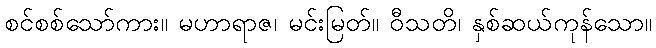
စင်စစ်သော်ကား။ မဟာရာဇ၊ မင်းမြတ်။ ဝီသတိ၊ နှစ်ဆယ်ကုန်သော။